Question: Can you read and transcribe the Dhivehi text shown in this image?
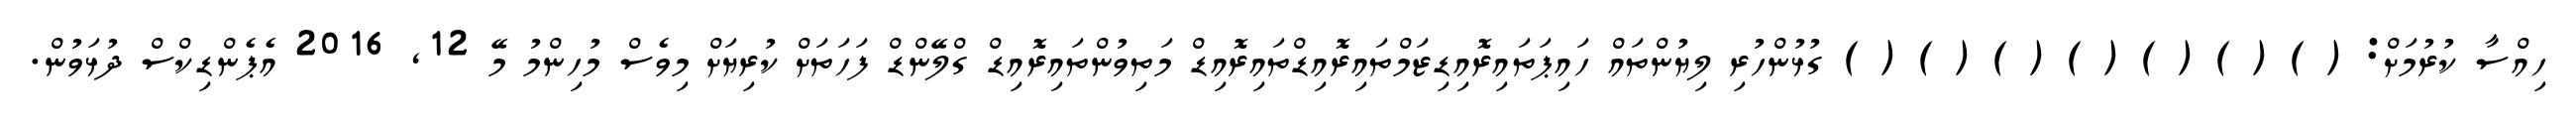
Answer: ހިއްސާ ކުރުމަށް: ( ) ( ) ( ) ( ) ( ) ( ) ( ) ގުޅުންހުރި ލިޔުންތައް ހައިޕަތައިރޮއިޑިޒަމްތައިރޮއިޑްތައިރޮއިޑް މަތިވުންތައިރޮއިޑް ގްލޭންޑް ފަހަތަށް ކުރިޔަށް މިވެސް މުހިންމު މޭ 12, 2016 އެޕެންޑިކްސް ދުޅަވުން.